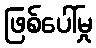
ဖြစ်ပေါ်မှု